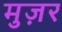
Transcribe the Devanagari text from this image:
मुज़र